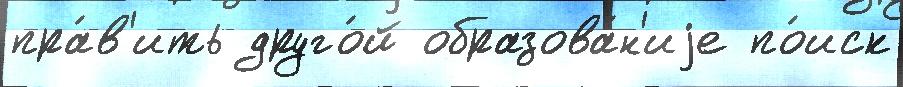
пра́в'ить друго́й образова́н'иjе по́иск